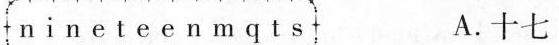
n i n e t e e n m q t s A.十七